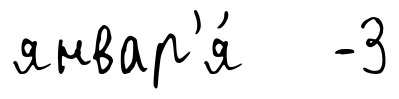
январ'я́ -3